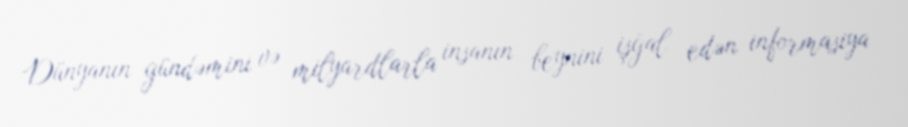
Dünyanın gündəmini və milyardlarla insanın beynini işğal edən informasiya